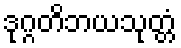
ဒုဂ္ဂတိဘယသုတ္တံ